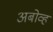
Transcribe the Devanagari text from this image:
अबोव्ह